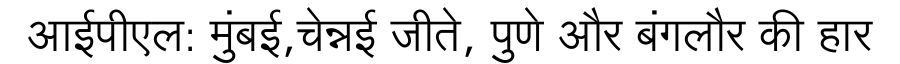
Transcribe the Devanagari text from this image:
आईपीएल: मुंबई,चेन्नई जीते, पुणे और बंगलौर की हार